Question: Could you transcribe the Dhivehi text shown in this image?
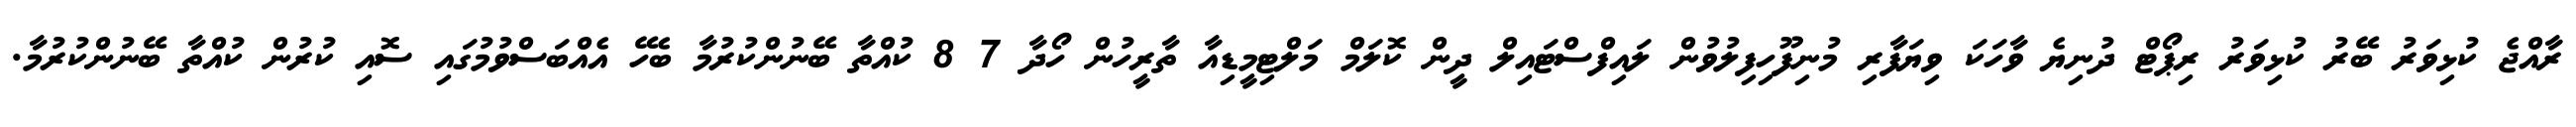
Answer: ރާއްޖެ ކުޅިވަރު ބޭރު ކުޅިވަރު ރިޕޯޓް ދުނިޔެ ވާހަކަ ވިޔަފާރި މުނިފޫހިފިލުވުން ލައިފްސްޓައިލް ދީން ކޮލަމް މަލްޓިމީޑިއާ ތާރީހުން ހޯދާ 7 8 ކުއްތާ ބޭނުންކުރުމާ ބެހޭ އެއްބަސްވުމުގައި ސޮއި ކުރުން ކުއްތާ ބޭނުންކުރުމާ.